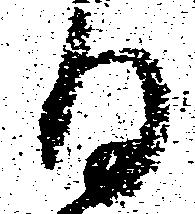
日